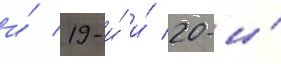
и́ 19-и́ и́ 20-и́